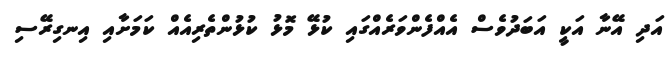
އަދި އޭނާ އަކީ އަބަދުވެސް އެއްފެންވަރެއްގައި ކުޅޭ މޮޅު ކުޅުންތެރިއެއް ކަމަށާއި އިނގިރޭސި